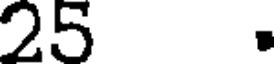
25 .